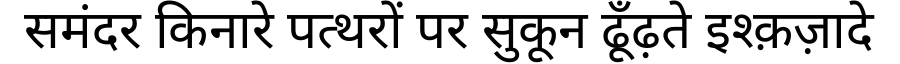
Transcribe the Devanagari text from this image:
समंदर किनारे पत्थरों पर सुकून ढूँढ़ते इश्क़ज़ादे